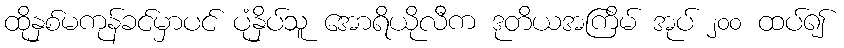
ထိုနှစ်မကုန်ခင်မှာပင် ပုံနှိပ်သူ အောရိယိုလီက ဒုတိယအကြိမ် အုပ် ၂၀၀ ထပ်၍